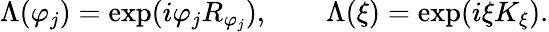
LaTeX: \Lambda(\varphi_{j})=\exp(i\varphi_{j}R_{\varphi_{j}}),\qquad\Lambda(\xi)=\exp(i\xi K_{\xi}).